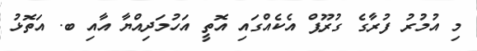
މި އުމުރު ފުރާގެ ގުރޫޕް އެކެއްގައި އޮތީ އަހުމަދިއްޔާ އާއި ބ. އަތޮޅު